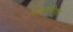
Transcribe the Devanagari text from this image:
त्यागवृत्तियुक्त